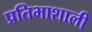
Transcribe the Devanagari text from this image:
प्रतिभाशाली